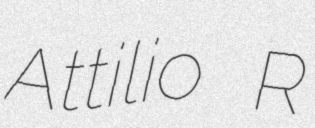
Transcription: Attilio R